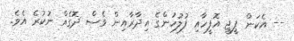
-- އެކަން ޕީޖީ އޮފީހާއި ފުލުހުންގެ އިދާރާއިން ވެސް ދޮގެއް ނުކުރެ އެވެ.